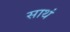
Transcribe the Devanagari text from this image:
साथं